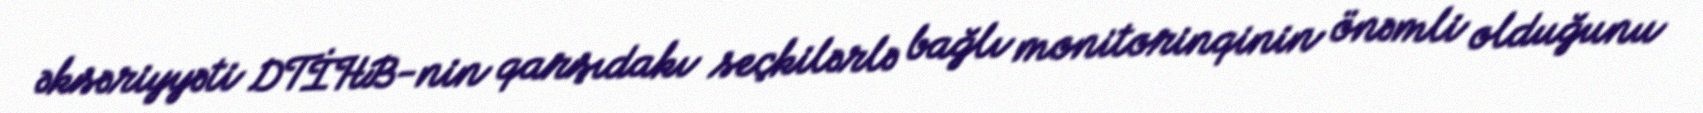
əksəriyyəti DTİHB-nin qarşıdakı seçkilərlə bağlı monitorinqinin önəmli olduğunu